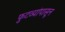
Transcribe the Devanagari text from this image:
फुटव्यांपासून